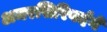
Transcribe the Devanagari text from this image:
अमरसिरिवर्दने